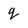
Character: q